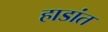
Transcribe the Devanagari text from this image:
हाडांत